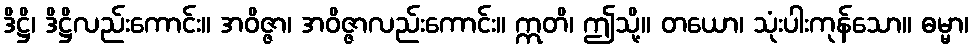
ဒိဋ္ဌိ၊ ဒိဋ္ဌိလည်းကောင်း။ အဝိဇ္ဇာ၊ အဝိဇ္ဇာလည်းကောင်း။ ဣတိ၊ ဤသို့။ တယော၊ သုံးပါးကုန်သော။ ဓမ္မာ၊